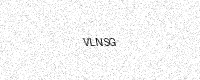
Text: VLNSG